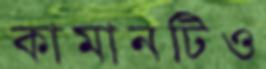
কামানটিও